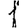
Digit: 1